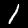
Label: 1